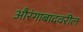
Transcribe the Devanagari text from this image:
औरंगाबादवरील